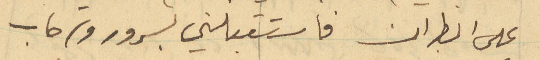
على المطران فاستقبلني بسرور وترحاب